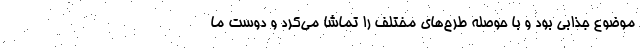
موضوع جذابی بود و با حوصله طرح‌های مختلف را تماشا می‌کرد و دوست ما